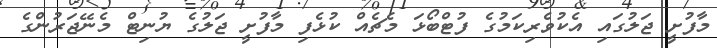
މާފުށީ ޖަލުގައި އެކުވެރިކަމުގެ ފުޓްބޯޅަ މެޗެއް ކުޅެފި މާފުށީ ޖަލުގެ ޔުނިޓް މެނޭޖަރުންގެ